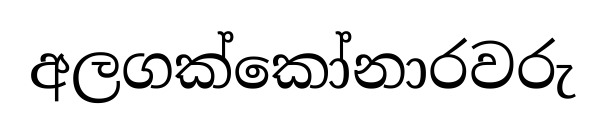
අලගක්කෝනාරවරු